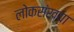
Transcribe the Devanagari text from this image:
लोकसंख्‍या